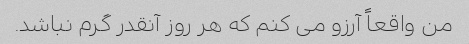
من واقعاً آرزو می کنم که هر روز آنقدر گرم نباشد.